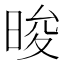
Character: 晙